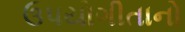
ઉપયોગીતાનો